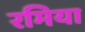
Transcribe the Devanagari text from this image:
रमिया